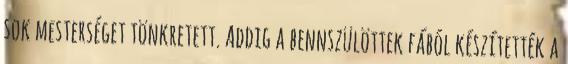
sok mesterséget tönkretett. Addig a bennszülöttek fából készítették a